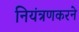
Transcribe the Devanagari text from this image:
नियंत्रणकरने